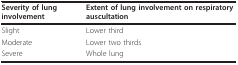
| Severity of lung involvement | Extent of lung involvement on respiratory auscultation |
 | --- | --- |
 | Slight | Lower third |
 | Moderate | Lower two thirds |
 | Severe | Whole lung |